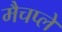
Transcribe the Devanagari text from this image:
मैचप्ले